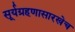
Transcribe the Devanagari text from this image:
सूर्यग्रहणासारखेच